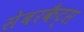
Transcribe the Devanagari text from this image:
सेबरकैट्स